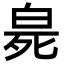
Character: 𤽨